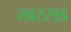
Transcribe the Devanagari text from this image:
खरसड